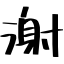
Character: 㴬